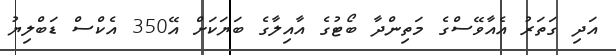
އަދި ގަތަރު އެއާވޭސްގެ މަތިންދާ ބޯޓުގެ އާއިލާގެ ބަޔަކަށް އޭ350 އެކްސް ޑަބްލިޔު